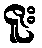
ဇူး